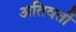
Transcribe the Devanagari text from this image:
अतिवर्ती